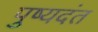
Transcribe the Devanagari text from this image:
पुष्यदंत